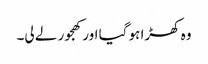
وہ کھڑا ہو گیا اور کھجور لے لی۔